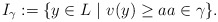
\begin{align*}I_\gamma:=\{y\in L\ |\ v(y)\ge aa\in\gamma\}.\end{align*}